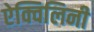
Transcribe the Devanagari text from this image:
ऐक्विलिनी